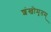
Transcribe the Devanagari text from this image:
शंखोमृतम्